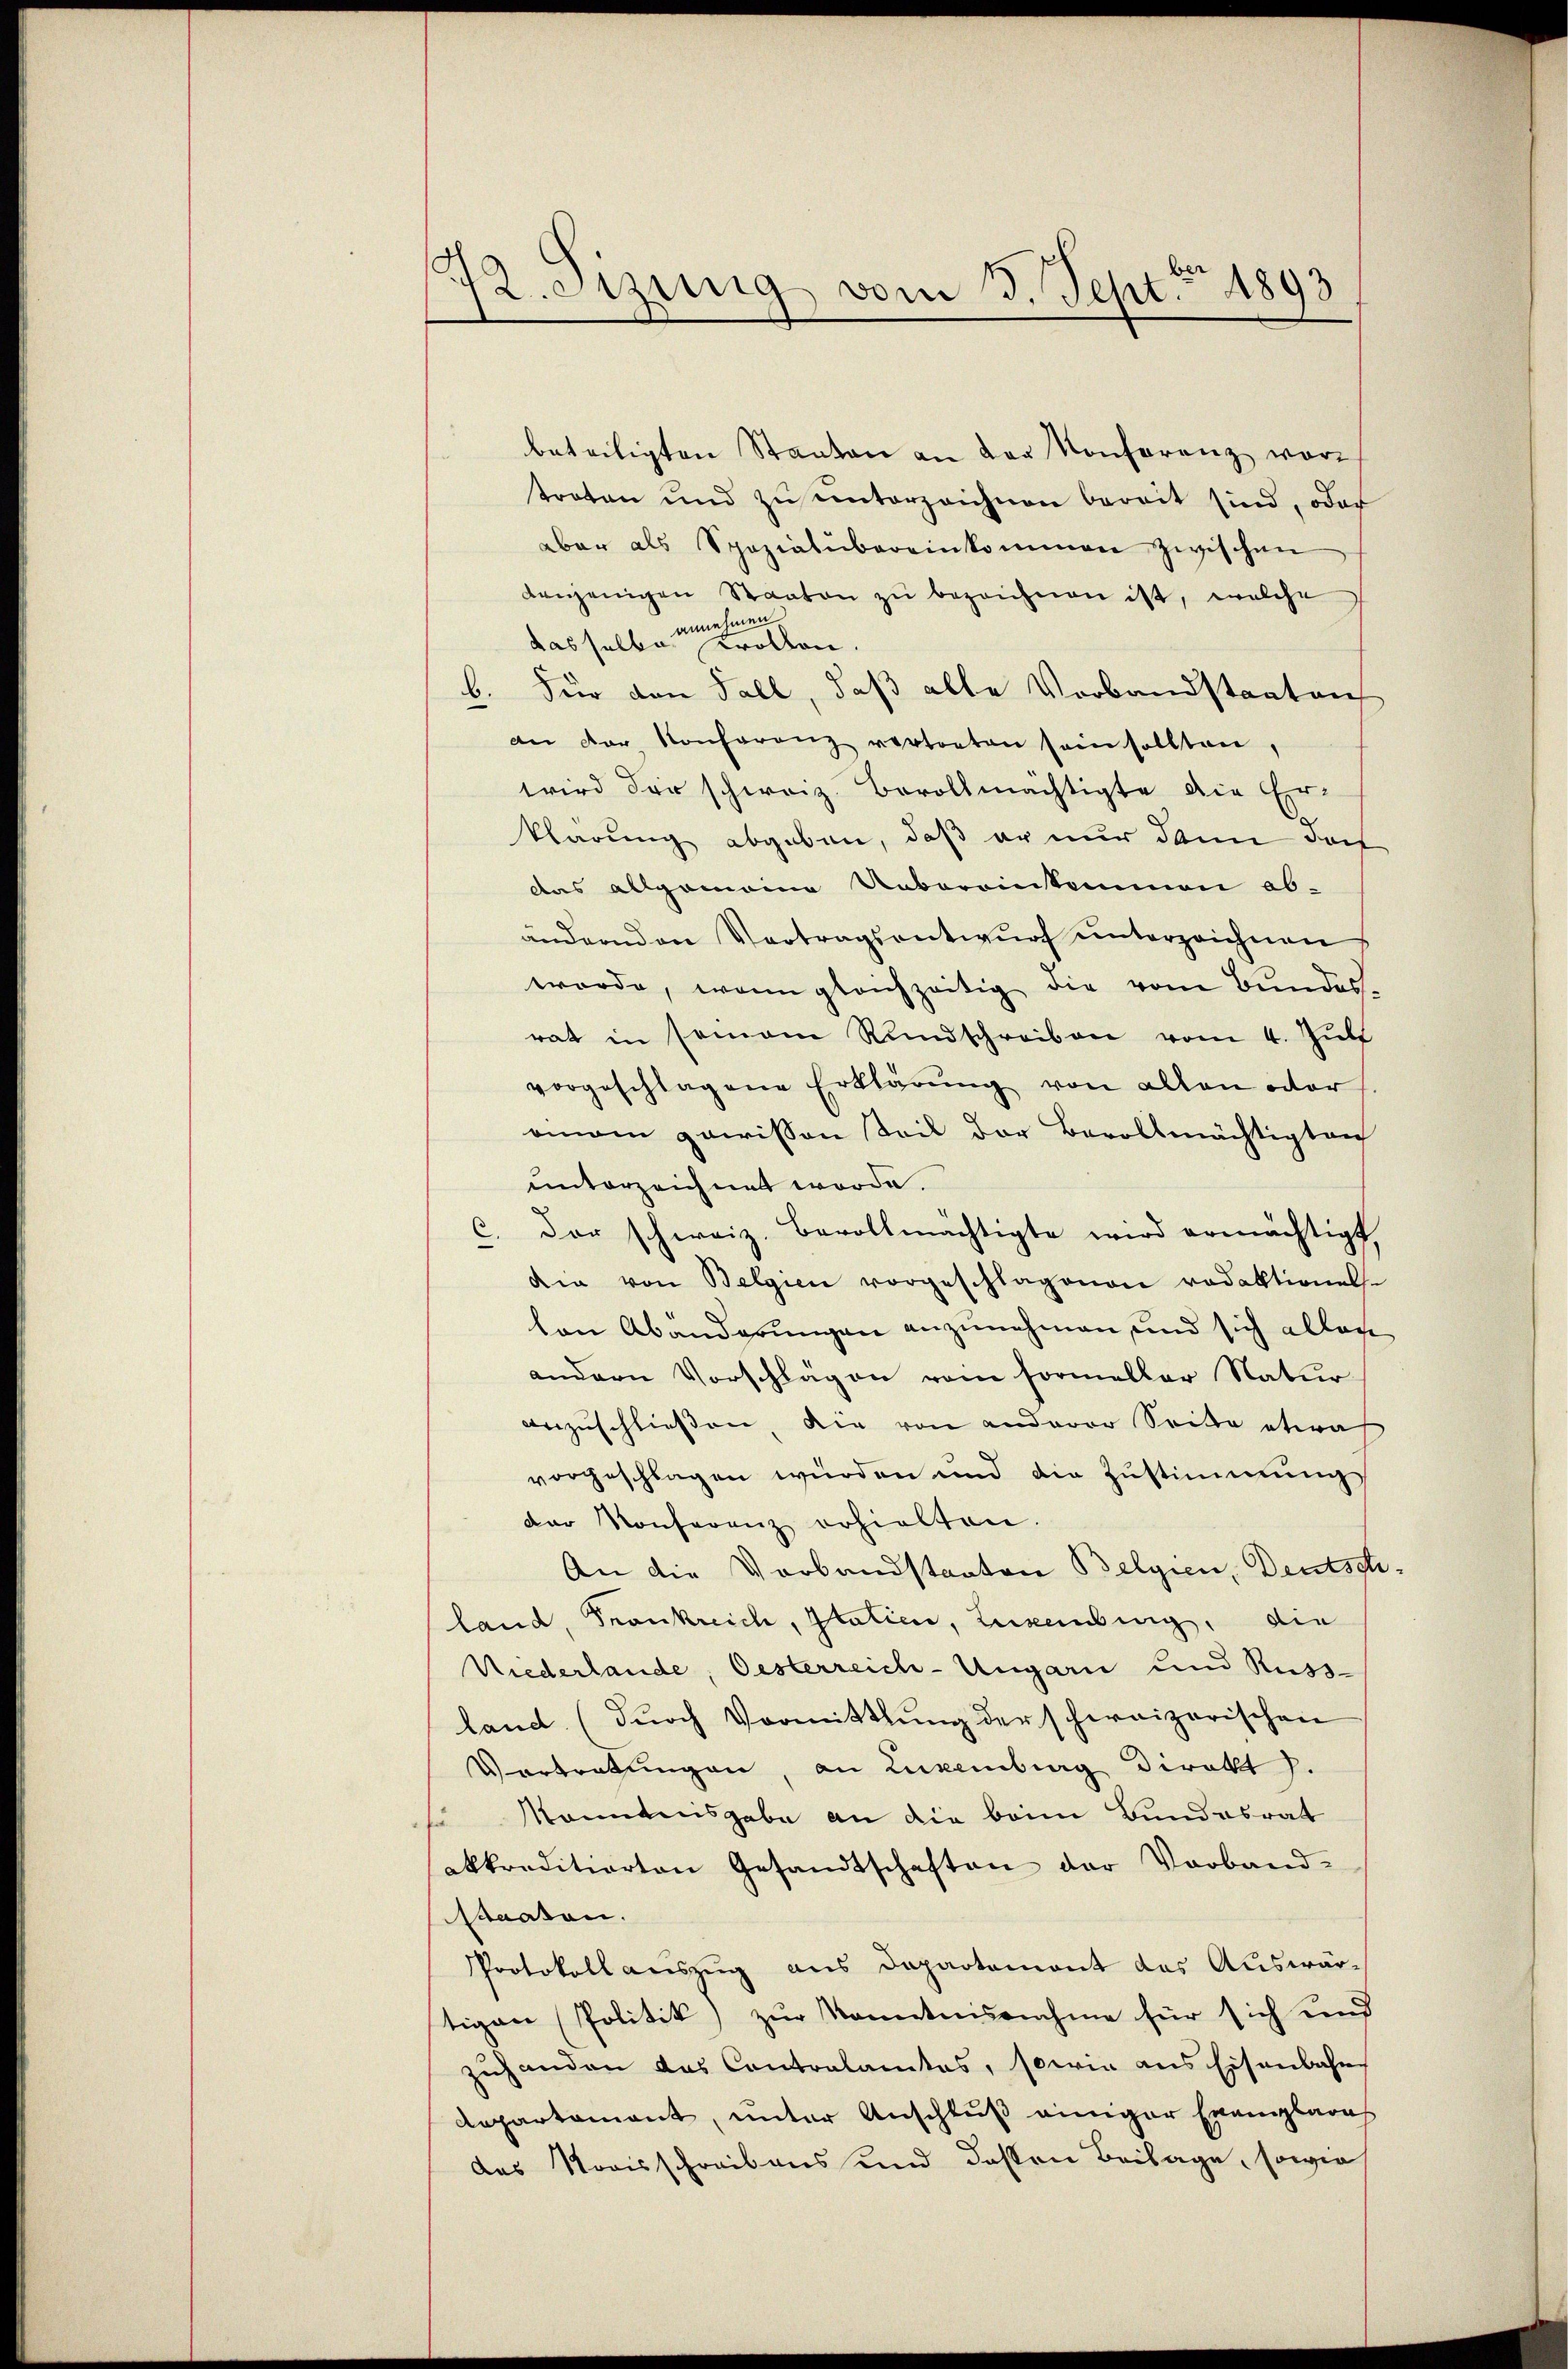
72. eizung vom 3. Sept. 1893

beteiligten Staaten an der Konferenz war
traten und zŭ ŭnterzeichnen bereit sind, oder
aber als Spezialibereinkommen zwischen
denjenigen Staaten zŭ bezeichnen ist, welche
das selbe mit eine
b. Für den Fall, daß alle Verbandstaatens
an der Konferenz vertreten sein sollten,
wird der schweiz. Bevollmächtigte die Erklärung abgeben, daß er nur dann doch
das allgemeine Uebereinkommen ab-
ändernden Vortragsentwurf unterzeichnen
wurde, wenn gleichzeitig die vom Bundesrat in seinem Rundschreiben vom 4. Jŭli
vorgeschlagene Erklärung von allen oder
omann gewissen Teil der Bevollmächtigten
unterzeichnet worde.
c. der schweiz. Bevollmächtigte wird ermächtigt,
die von Belgien vorgeschlagenen redaktionel-
len Abänderungen anzunehmen, und sich allen
andern Vorschlägen vom Formeller Natur
anzuschließen, die von anderer Seite etwas
vorgeschlagen würden und die Zŭstimmung
der Konferenz erhielten
An die Vorbandstaaten Belgien, Deutschland, Frankreich, Italien, Luxenburg, die
Niederlande, Oesterreich-Ungarn und Rugi-
land (dŭrch Vormittlung der schweizerischen
Vortratlingen, an Luxenburg Direkt .
Monntnisgabe an die beim Bundesrat
akkreditierten Gesandtschaften der Vorband-
Staaten.
Protokoll auszug aus Departemont das Auswär-
tigen Politik, zur Kenntnisnahme für sich und
zuhanden das Contralamtes, sowie aus Eisenbahn
Repartament, unter Anschluß einiger Exemplares
das Nooisschreibens und dessen Beilage, sowie